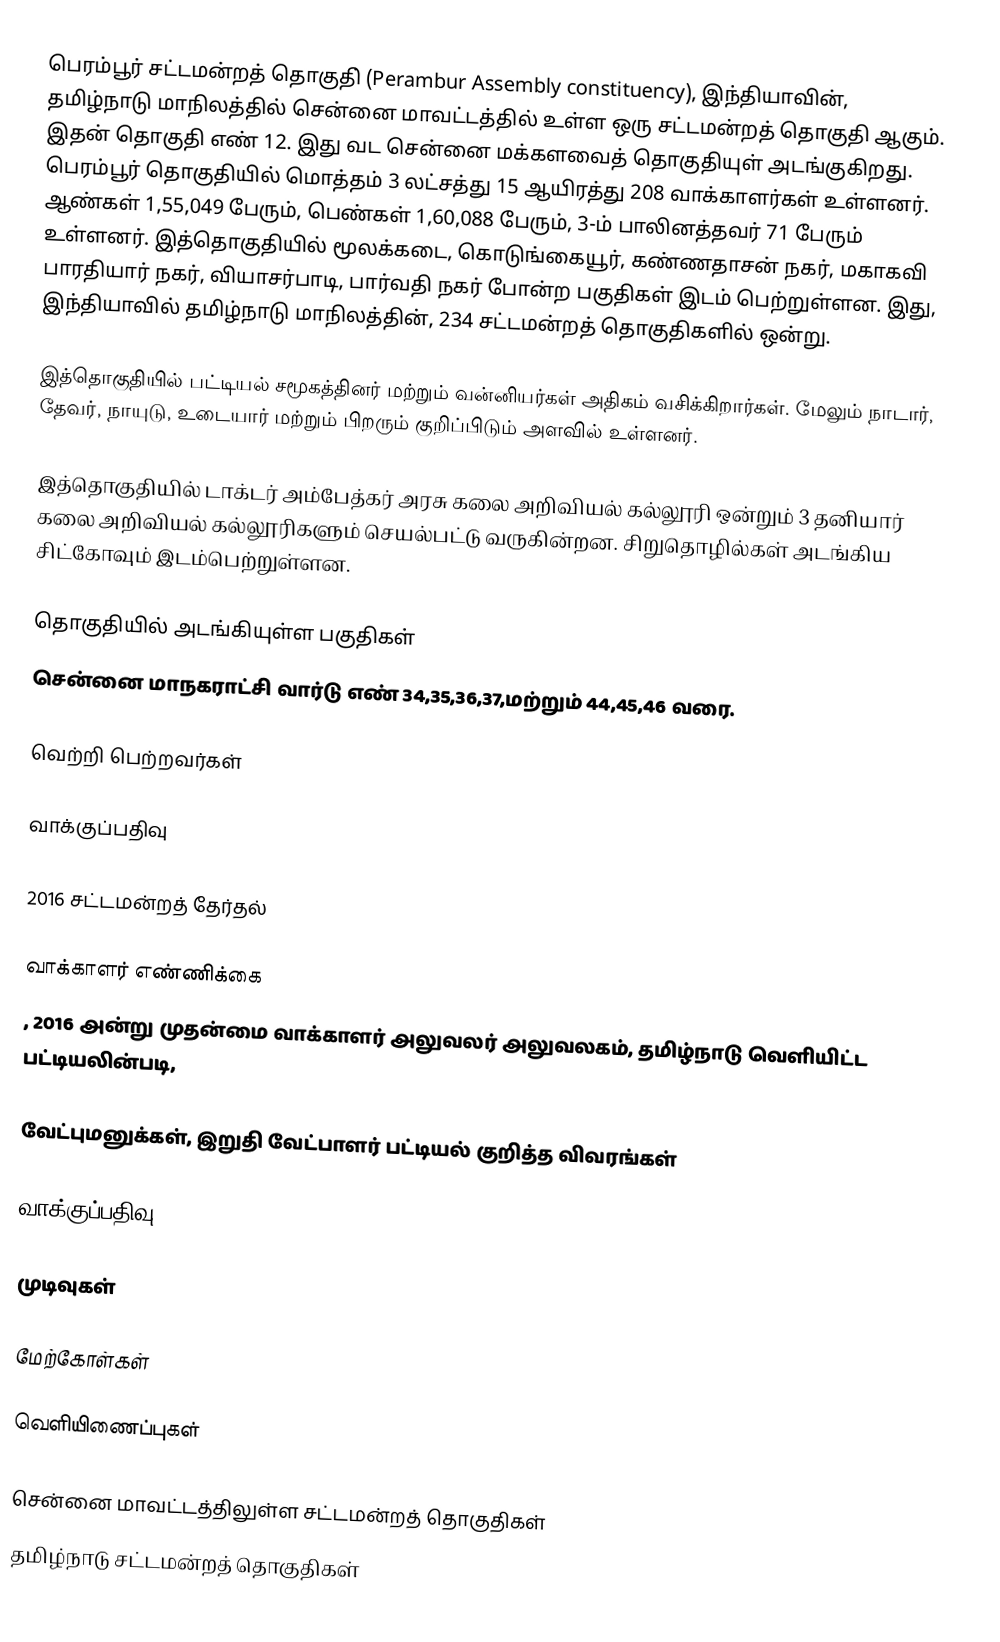
பெரம்பூர் சட்டமன்றத் தொகுதி் (Perambur Assembly constituency), இந்தியாவின், தமிழ்நாடு மாநிலத்தில் சென்னை மாவட்டத்தில் உள்ள ஒரு சட்டமன்றத் தொகுதி ஆகும். இதன் தொகுதி எண் 12. இது வட சென்னை மக்களவைத் தொகுதியுள் அடங்குகிறது. பெரம்பூர் தொகுதியில் மொத்தம் 3 லட்சத்து 15 ஆயிரத்து 208 வாக்காளர்கள் உள்ளனர். ஆண்கள் 1,55,049 பேரும், பெண்கள் 1,60,088 பேரும், 3-ம் பாலினத்தவர் 71 பேரும் உள்ளனர். இத்தொகுதியில் மூலக்கடை, கொடுங்கையூர், கண்ணதாசன் நகர், மகாகவி பாரதியார் நகர், வியாசர்பாடி, பார்வதி நகர் போன்ற பகுதிகள் இடம் பெற்றுள்ளன. இது, இந்தியாவில் தமிழ்நாடு மாநிலத்தின், 234 சட்டமன்றத் தொகுதிகளில் ஒன்று.

இத்தொகுதியில் பட்டியல் சமூகத்தினர் மற்றும் வன்னியர்கள் அதிகம் வசிக்கிறார்கள். மேலும் நாடார், தேவர், நாயுடு, உடையார் மற்றும் பிறரும் குறிப்பிடும் அளவில் உள்ளனர்.

இத்தொகுதியில் டாக்டர் அம்பேத்கர் அரசு கலை அறிவியல் கல்லூரி ஒன்றும் 3 தனியார் கலை அறிவியல் கல்லூரிகளும் செயல்பட்டு வருகின்றன. சிறுதொழில்கள் அடங்கிய சிட்கோவும் இடம்பெற்றுள்ளன.

தொகுதியில் அடங்கியுள்ள பகுதிகள்
சென்னை மாநகராட்சி வார்டு எண் 34,35,36,37,மற்றும் 44,45,46 வரை.

வெற்றி பெற்றவர்கள்

வாக்குப்பதிவு

2016 சட்டமன்றத் தேர்தல்

வாக்காளர் எண்ணிக்கை
, 2016 அன்று முதன்மை வாக்காளர் அலுவலர் அலுவலகம், தமிழ்நாடு வெளியிட்ட பட்டியலின்படி,

வேட்புமனுக்கள், இறுதி வேட்பாளர் பட்டியல் குறித்த விவரங்கள்

வாக்குப்பதிவு

முடிவுகள்

மேற்கோள்கள்

வெளியிணைப்புகள்

சென்னை மாவட்டத்திலுள்ள சட்டமன்றத் தொகுதிகள்
தமிழ்நாடு சட்டமன்றத் தொகுதிகள்